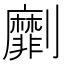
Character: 劘